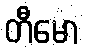
တီမော